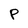
Character: P